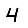
Digit: 4